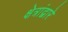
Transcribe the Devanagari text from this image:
क्षेत्रांद्वारे